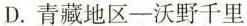
D. 青藏地区——沃野千里